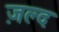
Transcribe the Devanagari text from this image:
ज़ल्द